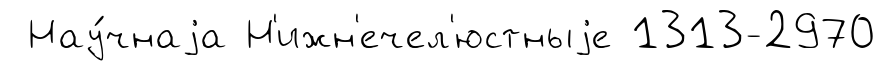
Нау́чнаjа Н'ижн'ечел'юстныjе 1313-2970